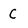
Character: C